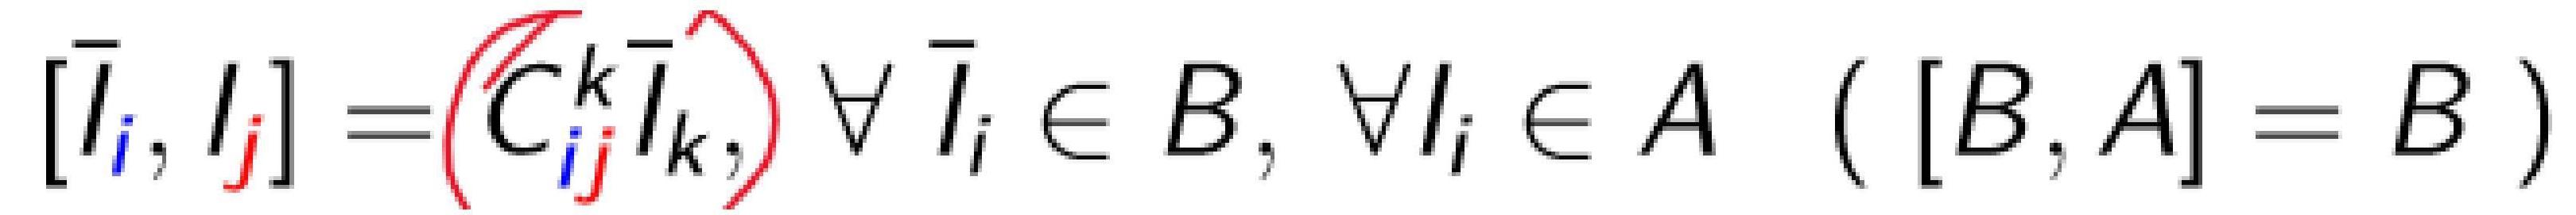
$[\overline{l}_i, l_j] = \left( C_{ij}^k \overline{l}_k \right), \forall \overline{l}_i \in B, \forall l_i \in A \ ( [B,A] = B )$